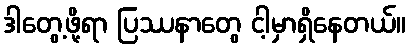
ဒါတွေ့ဖို့ရာ ပြဿနာတွေ ငါ့မှာရှိနေတယ်။